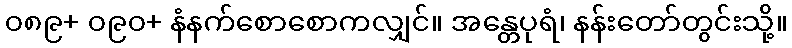
၀၈၉+ ၀၉၀+ နံနက်စောစောကလျှင်။ အန္တေပုရံ၊ နန်းတော်တွင်းသို့။